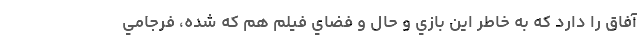
آفاق را دارد که به خاطر اين بازي و حال و فضاي فيلم هم که شده، فرجامي